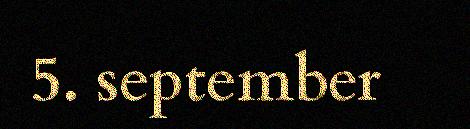
5. september